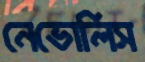
নেভোলিস